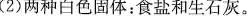
(2)两种白色固体：食盐和生石灰。